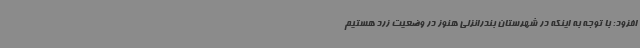
افزود: با توجه به اینکه در شهرستان بندرانزلی هنوز در وضعیت زرد هستیم